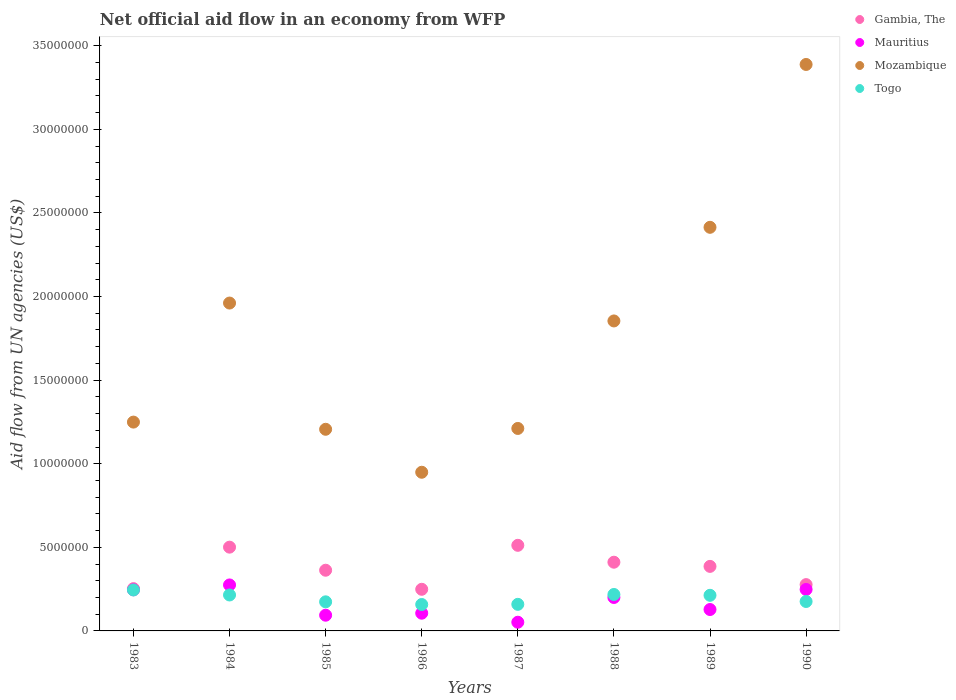
| Years | Gambia, The | Mauritius | Mozambique | Togo |
 | --- | --- | --- | --- | --- |
 | 1983 | 2.53e+06 | 2.46e+06 | 1.25e+07 | 2.45e+06 |
 | 1984 | 5.01e+06 | 2.75e+06 | 1.96e+07 | 2.15e+06 |
 | 1985 | 3.63e+06 | 9.4e+05 | 1.21e+07 | 1.74e+06 |
 | 1986 | 2.49e+06 | 1.06e+06 | 9.49e+06 | 1.58e+06 |
 | 1987 | 5.12e+06 | 5.2e+05 | 1.21e+07 | 1.59e+06 |
 | 1988 | 4.11e+06 | 2e+06 | 1.85e+07 | 2.18e+06 |
 | 1989 | 3.86e+06 | 1.28e+06 | 2.41e+07 | 2.13e+06 |
 | 1990 | 2.77e+06 | 2.48e+06 | 3.39e+07 | 1.76e+06 |